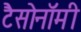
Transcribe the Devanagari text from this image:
टैसोनॉमी